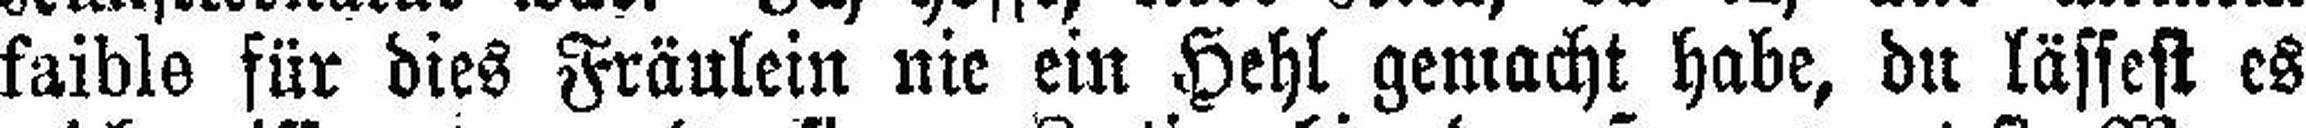
faible für dies Fräulein nie ein Hehl gemacht habe, du lässest es